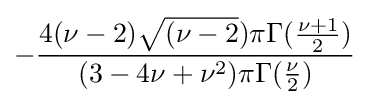
-{\frac {4(\nu -2){\sqrt {(\nu -2}})\pi \Gamma ({\frac {\nu +1}{2}})}{(3-4\nu +\nu ^{2})\pi \Gamma ({\frac {\nu }{2}})}}